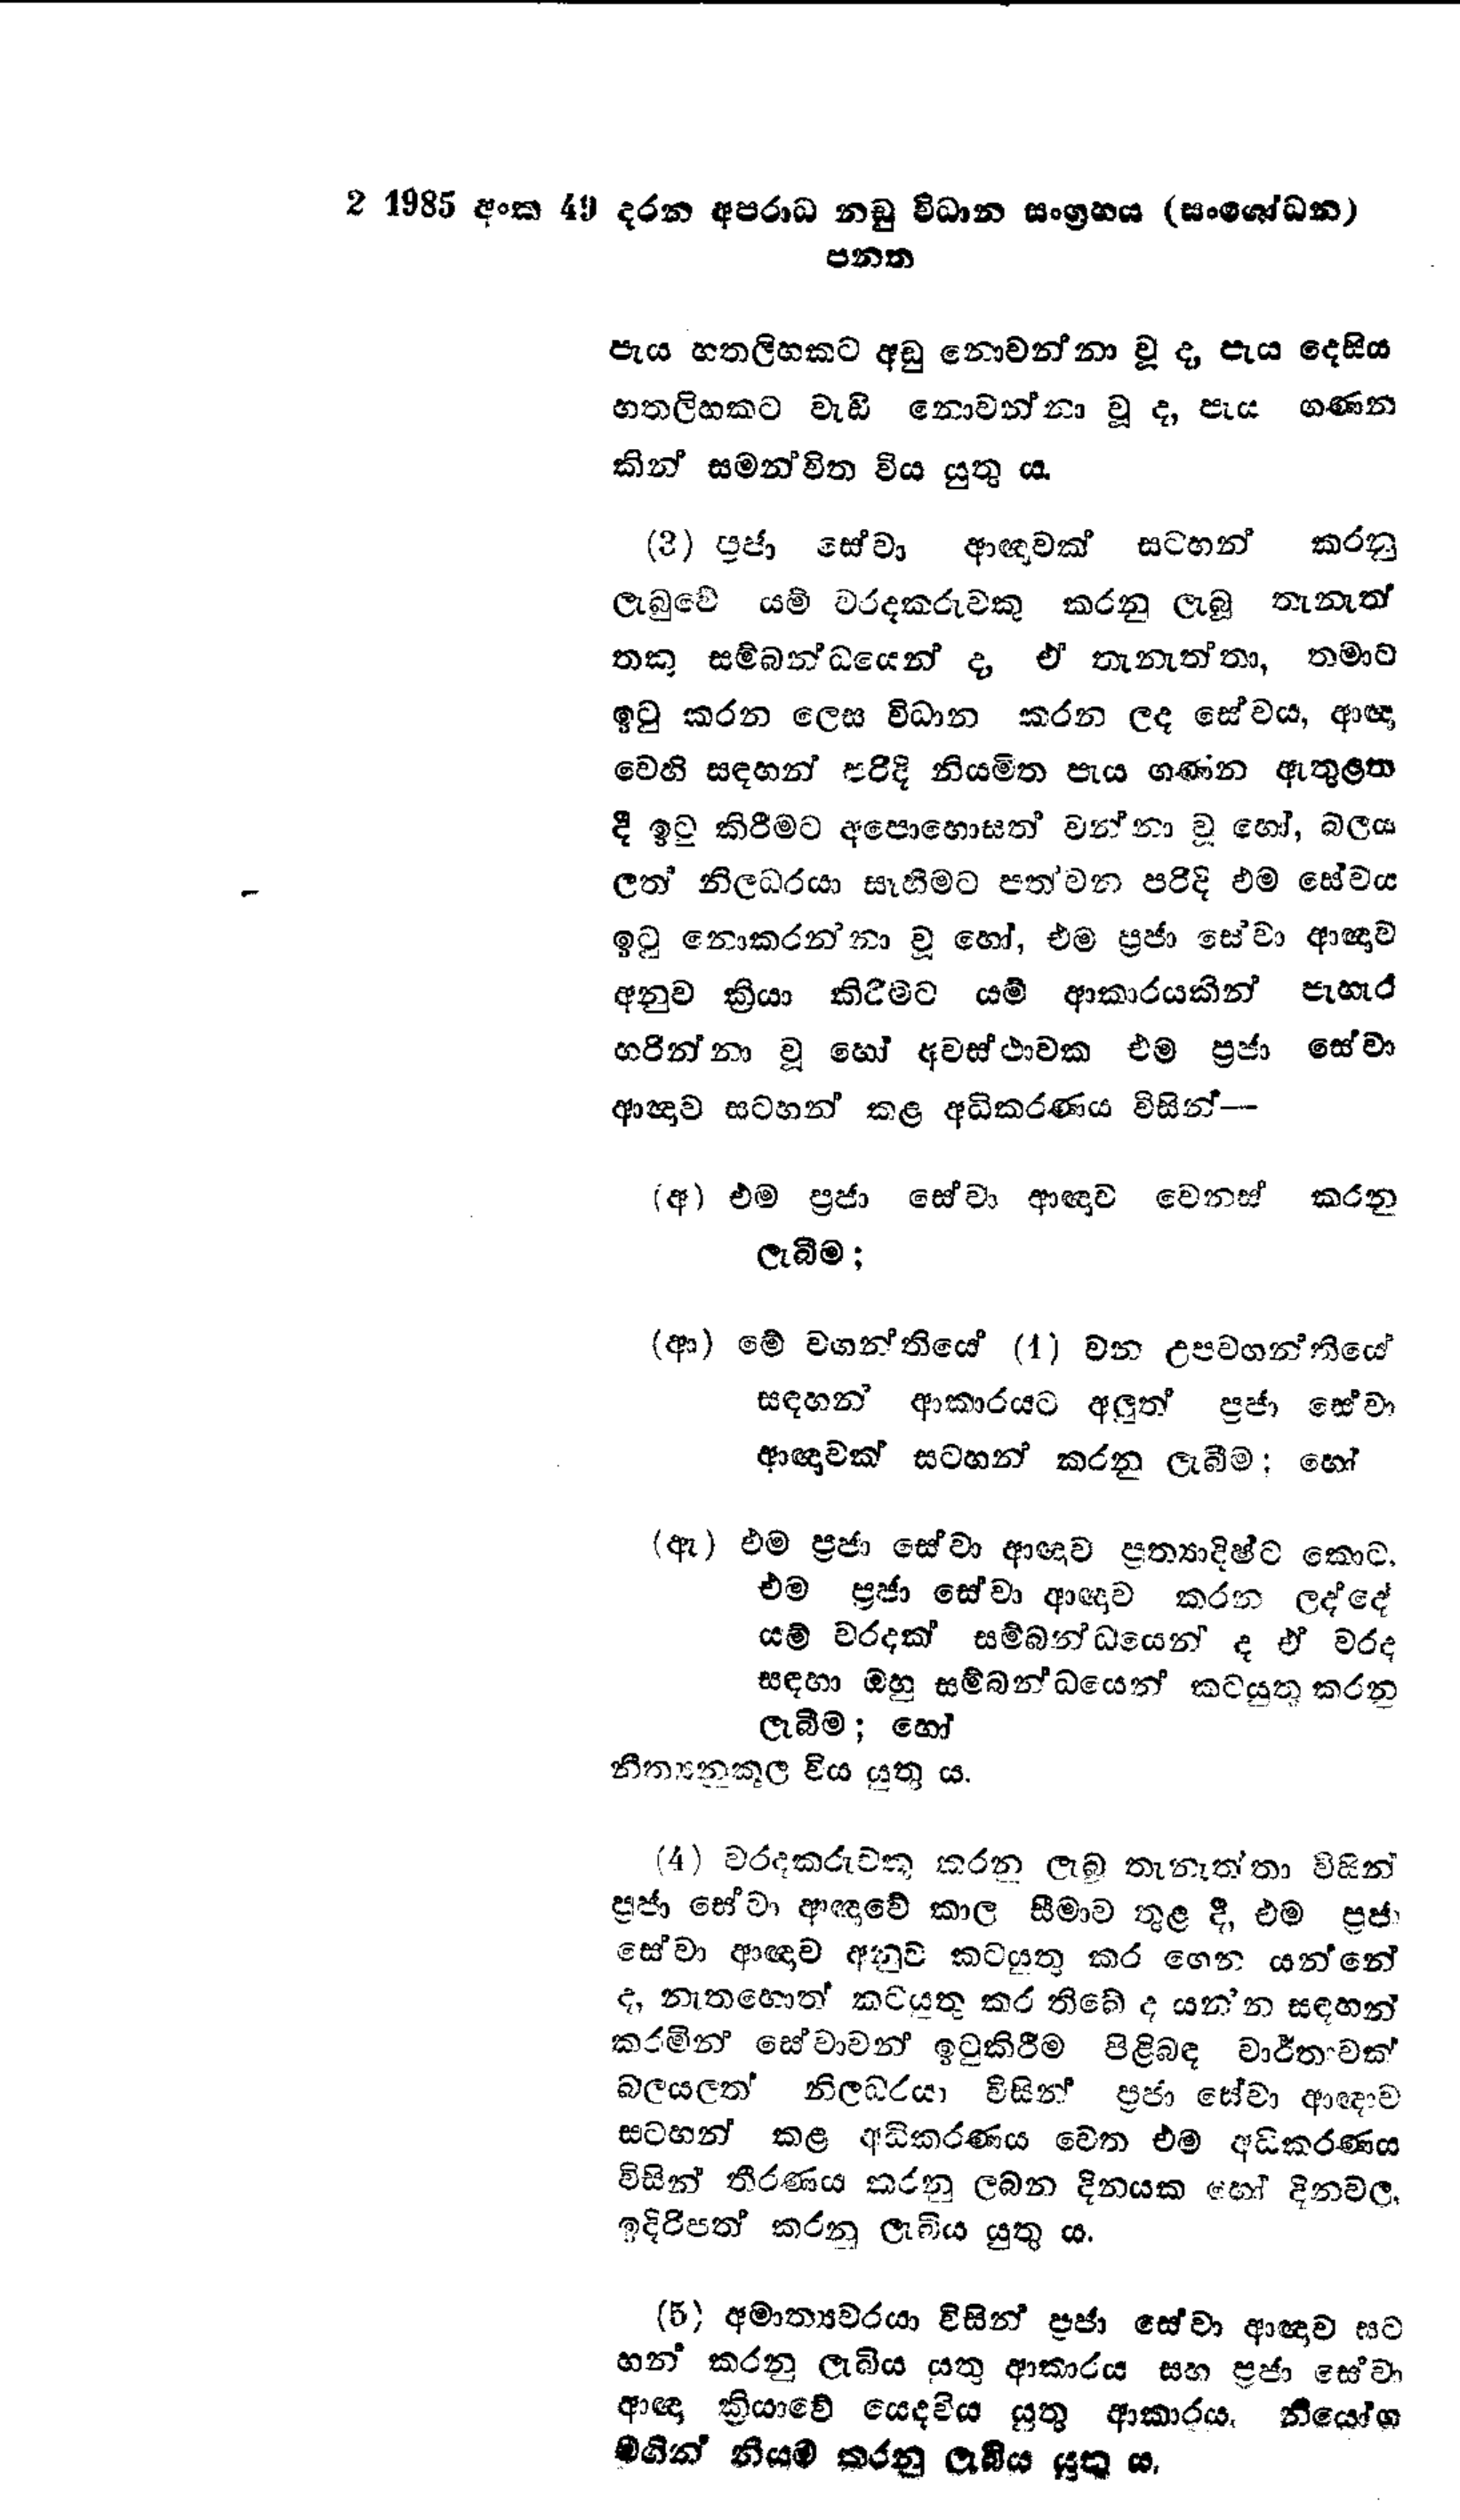
2 1985 අංක 49 දරන අපරාධ නඩු විධාන සංග්‍රහය (සංශෝධන )
පනන

පැය හතලිහකට අඩු නොවන්නා වූ ද, පැය දෙසිය
හතලිහකට වැඩි නොවන්නා වූ ද, පැය ගණන
කින් සමන්විත විය යුතු ය.

(3) පූජා සේවා ආඥාවක් සටහන් කරනු
ලැබුවේ යම් වරදකරුවකු කරනු ලැබූ තැනැත්
තකු සම්බන්ධයෙන් ද, ඒ තැනැත්තා, තමාට
ඉටු කරන ලෙස විධාන කරන ලද සේවය, ආඥා
වෙහි සඳහන් පරිදි නියමිත පැය ගණන ඇතුළත
දී ඉටු කිරීමට අපොහොසත් වන්නා වූ හෝ, බලය
ලත් නිලධරයා සෑහීමට පත්වන පරිදි එම සේවය
ඉටු නොකරන්නා වූ හෝ, එම ප්‍රජා සේවා අඥාව
අනුව ක්‍රියා කිරීමට යම් ආකාරයකින් පැහැර
හරින්නා වූ හෝ අවස්ථාවක එම ප්‍රජා සේවා
ආඥාව සටහන් කළ අධිකරණය විසින්-

(අ) එම ප්‍රජා සේවා ආඥාව වෙනස් කරනු
ලැබීම;

(ආ) මේ වගන්තියේ (1) වන උපවගන්තියේ
සඳහන් ආකාරයට අලුත් ප්‍රජා සේවා
ආඥාවක් සටහන් කරනු ලැබීම; හෝ

(ඇ) එම ප්‍රජා සේවා ආඥාව ප්‍රත්‍යාදිෂ්ට කොට
එම ප්‍රජා සේවා ආඥාව කරන ලද්දේ
යම් වරදක් සම්බන්ධයෙන් ද ඒ වරද
සඳහා ඔහු සම්බන්ධයෙන් කටයුතු කරනු
ලැබීම; හෝ
නීත්‍යනුකූල විය යුතු ය.

(4) වරදකරුවකු කරන ලැබූ තැනැත්තා විසින්
ප්‍රජා සේවා ආඥාවේ කාල සීමාව තුළ දී, එම ප්‍රජා
සේවා අඥාව අනුව කටයුතු කර ගෙන යන්නේ
ද, නැතහොත් කටයුතු කර තිබේද යන්න සඳහන්
කරමින් සේවාවන් ඉටුකිරීම පිළිබඳ වාර්තාවක්
බලයලත් නිලධරයා විසින් ප්‍රජා සේවා ආඥාව
සටහන් කළ අධිකරණය වෙත එම අධිකරණය
විසින් තීරණය කරනු ලබන දිනයක හෝ දිනවල
ඉදිරිපත් කරනු ලැබිය යුතු ය.

(5) අමාත්‍යවරයා විසින් ප්‍රජා සේවා ආඥාව සට
හන් කරනු ලැබිය යුතු ආකාරය සහ ප්‍රජා සේවා
ආඥා ක්‍රියාවේ යෙදවිය යුතු ආකාරය. නියෝග
මගින් නියම කරනු ලැබිය යුතු ය.